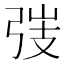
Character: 𢏫